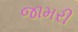
જામરી